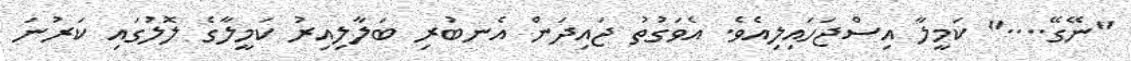
"ނޭގޭ...." ކަމީލާ އިސްޖަހައިލިއެވެ. އެވަގުތު ޖައިދަން އެނބުރި ބަލާލިއިރު ކަމީލާގެ ލޮލުގައި ކަރުނަ